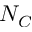
N _ { C }